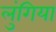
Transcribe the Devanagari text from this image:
लुंगिया